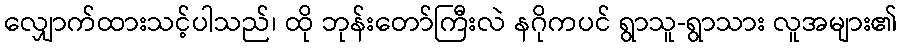
လျှောက်ထားသင့်ပါသည်၊ ထို ဘုန်းတော်ကြီးလဲ နဂိုကပင် ရွာသူ-ရွာသား လူအများ၏